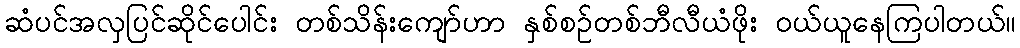
ဆံပင်အလှပြင်ဆိုင်ပေါင်း တစ်သိန်းကျော်ဟာ နှစ်စဉ်တစ်ဘီလီယံဖိုး ဝယ်ယူနေကြပါတယ်။